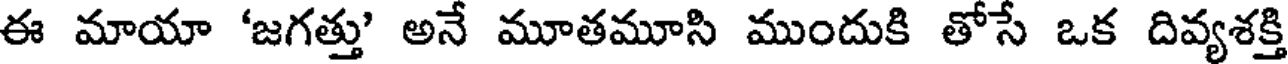
ఈ మాయా 'జగత్తు అనే మూతమూసి ముందుకి తోసే ఒక దివ్యశక్తి